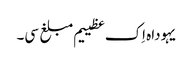
یہوداہ اِک عظییم مبلغ سی۔